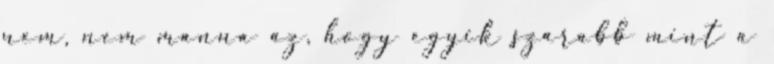
nem, nem manna az, hogy egyik szarabb mint a